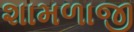
શામળાજી